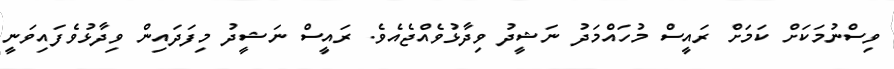
ވިސްނުމަކަށް ކަމަށް ރައީސް މުހައްމަދު ނަޝީދު ވިދާޅުވެއްޖެއެވެ. ރައީސް ނަޝީދު މިފަދައިން ވިދާޅުވެފައިވަނީ